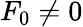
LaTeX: F_{0}\neq 0